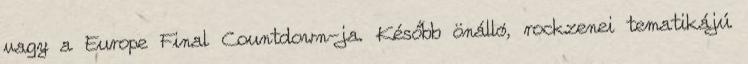
vagy a Europe Final Countdown-ja. Később önálló, rockzenei tematikájú